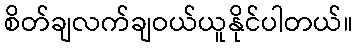
စိတ်ချလက်ချဝယ်ယူနိုင်ပါတယ်။